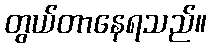
တွယ်တာနေရသည်။